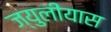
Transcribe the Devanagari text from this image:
ज्युलीयास